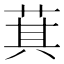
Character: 萁